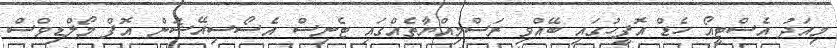
މިއަދު އެސްޓީއޯ ހެޑް އޮފީހުގައި ބޭއްވި ރަސްމިއްޔާތެއްގައި ޓެނިސް އެސޯސިއޭޝަން އޮފް މޯލްޑިވްސް